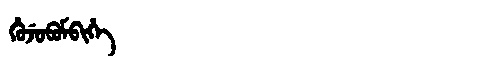
Manchu: ᡥᡠᠵᡠᠪᡠᠮᠪᡳᡥᡝ
Romanization: HUJUBUMBIHE